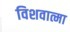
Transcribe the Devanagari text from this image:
विशवात्मा